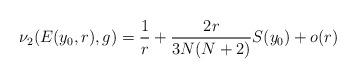
LaTeX: \begin{align*} \nu_2(E(y_0,r),g) =\frac{1}{r}+\frac{2r}{3N(N+2) }S(y_0)+o(r)\end{align*}